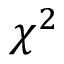
\chi ^ { 2 }